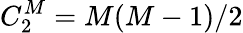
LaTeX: C_{2}^{M}=M(M-1)/2